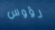
رؤوس